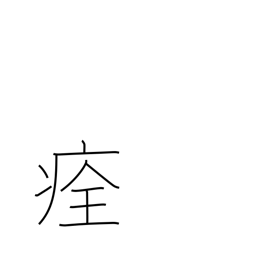
Meaning: heal